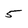
Character: 5